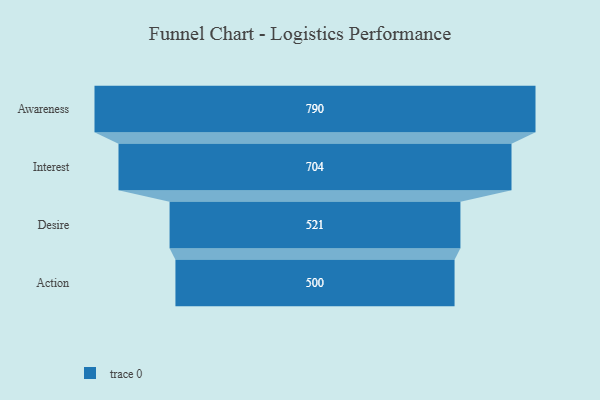
{"axis": {"x": "Stage", "y": "Value"}, "legend": [""], "data": [{"x": "Awareness", "y": 790.0, "type": ""}, {"x": "Interest", "y": 704.0, "type": ""}, {"x": "Desire", "y": 521.0, "type": ""}, {"x": "Action", "y": 500, "type": ""}]}